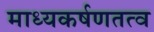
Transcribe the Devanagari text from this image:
माध्यकर्षणतत्व